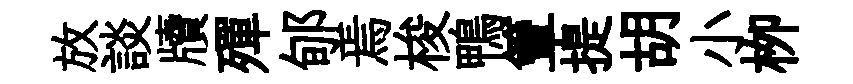
放談牘殫郇焉梭鴨簟提胡小栁